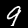
Digit: 9